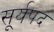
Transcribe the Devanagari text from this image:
सूर्यपद